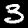
Digit: 3